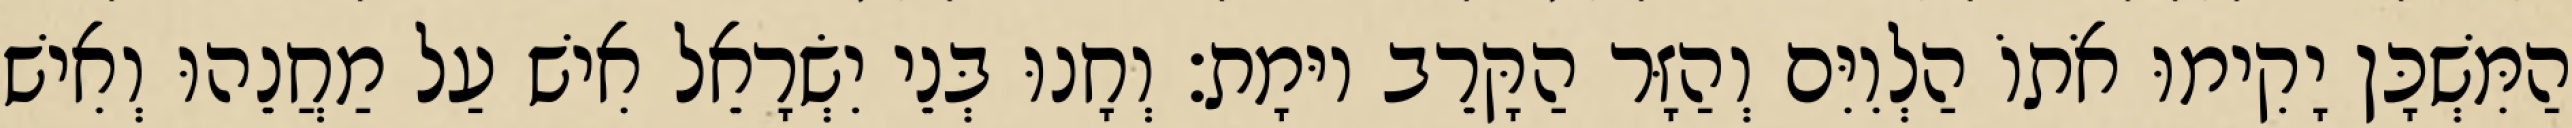
הַמִּשְׁכָּן יָקִימוּ אֹתוֹ הַלְוִיִּם וְהַזָּר הַקָּרֵב יוּמָת׃ וְחָנוּ בְּנֵי יִשְׂרָאֵל אִישׁ עַל מַחֲנֵהוּ וְאִישׁ